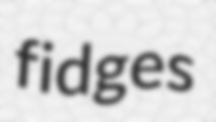
fidges